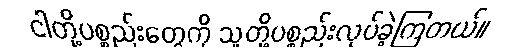
ငါတို့ပစ္စည်းတွေကို သူတို့ပစ္စည်းလုပ်ခဲ့ကြတယ်။